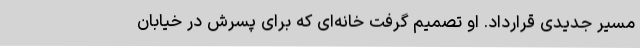
مسیر جدیدی قرارداد. او تصمیم گرفت خانه‌ای که برای پسرش در خیابان